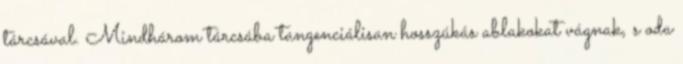
tárcsával. Mindhárom tárcsába tangenciálisan hosszúkás ablakokat vágnak, s oda